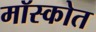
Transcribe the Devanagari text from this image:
मॉस्कोत